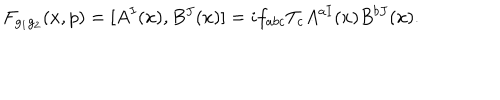
LaTeX: F _ { g _ { 1 } g _ { 2 } } ( x , p ) = [ A ^ { I } ( x ) , B ^ { J } ( x ) ] = i f _ { a b c } T _ { c } A ^ { a I } ( x ) B ^ { b J } ( x ) .